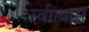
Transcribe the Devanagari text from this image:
र्स्वगवास